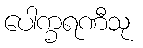
ပေါက္ခရဏီသု